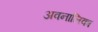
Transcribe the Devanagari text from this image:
अवनालिका